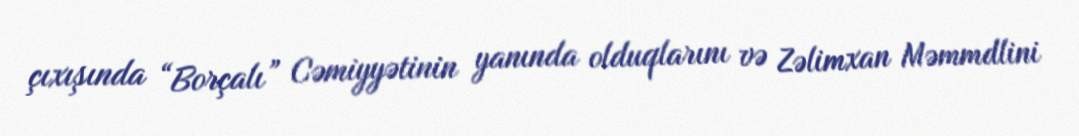
çıxışında “Borçalı” Cəmiyyətinin yanında olduqlarını və Zəlimxan Məmmdlini